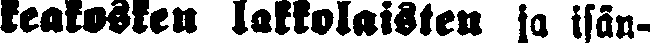
keakosken lakkolaisten ja isän-